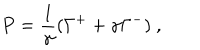
P = \frac { 1 } { \gamma } ( \Gamma ^ { + } + \gamma \Gamma ^ { - } ) ~ ,